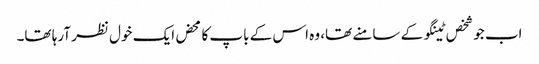
اب جو شخص ٹینگو کے سامنے تھا، وہ اس کے باپ کا محض ایک خول نظر آرہا تھا۔